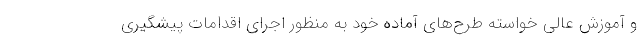
و آموزش عالی خواسته طرح‌های آماده خود به منظور اجرای اقدامات پیشگیری